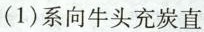
(1)系向牛头充炭直